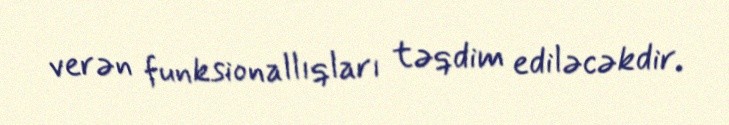
verən funksionallıqları təqdim ediləcəkdir.